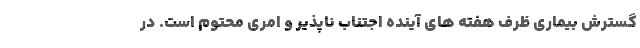
گسترش بیماری ظرف هفته های آینده اجتناب ناپذیر و امری محتوم است. در